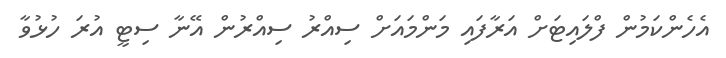
އެހެންކަމުން ފްލައިޓަށް އަރާފައި މަންމައަށް ސިއްރު ސިއްރުން އޭނާ ސިޓީ އުރަ ހުޅުވާ